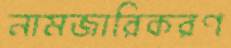
নামজারিকরণ